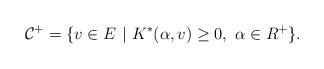
LaTeX: \begin{align*}\mathcal{C}^+=\{v\in E\ |\ K^*(\alpha,v)\geq 0,\ \alpha\in R^+\}.\end{align*}